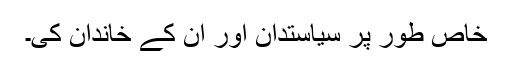
خاص طور پر سیاستدان اور ان کے خاندان کی۔